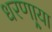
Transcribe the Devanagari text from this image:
धरणा्र्‍या